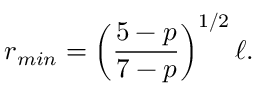
r _ { m i n } = \left( { \frac { 5 - p } { 7 - p } } \right) ^ { 1 / 2 } \ell .